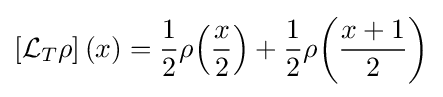
\left[{\mathcal {L}}_{T}\rho \right](x)={\frac {1}{2}}\rho \!\left({\frac {x}{2}}\right)+{\frac {1}{2}}\rho \!\left({\frac {x+1}{2}}\right)